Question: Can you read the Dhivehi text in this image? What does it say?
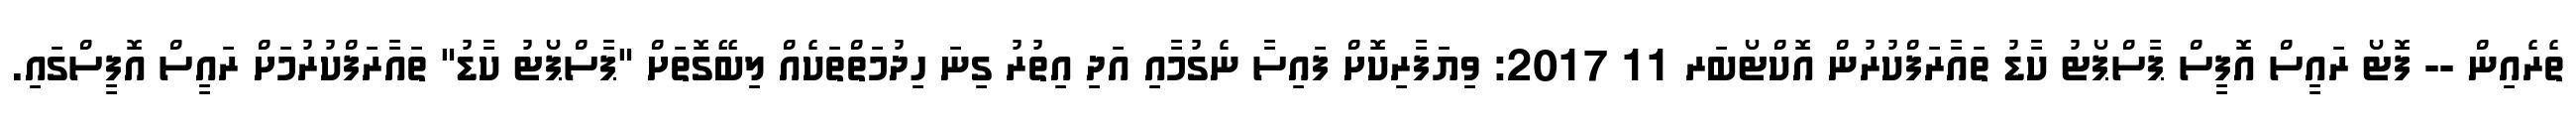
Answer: ތެރެއިން -- ފޮޓޯ ރައީސް އޮފީސް ޕާސްޕޯޓު ކާޑު ތައާރަފްކުރުން އޮކްޓޯބަރ 11 2017: ވިޔަފާރިކޮށް ފައިސާ ނެގުމާއި އަދި އިތުރު ގިނަ ހިދުމަތްތަކެއް ލިބޭގޮތަށް "ޕާސްޕޯޓު ކާޑު" ތައާރަފްކުރުމަށް ރައީސް އޮފީސްގައި.